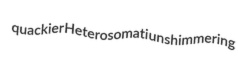
quackier Heterosomati unshimmering